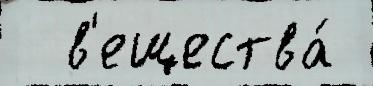
  в'ещества́